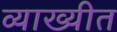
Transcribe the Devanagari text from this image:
व्याख्यीत